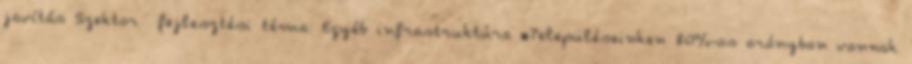
javítás Szektor fejlesztési téma: Egyéb infrastruktúra ▪Településeinken 80%-os arányban vannak